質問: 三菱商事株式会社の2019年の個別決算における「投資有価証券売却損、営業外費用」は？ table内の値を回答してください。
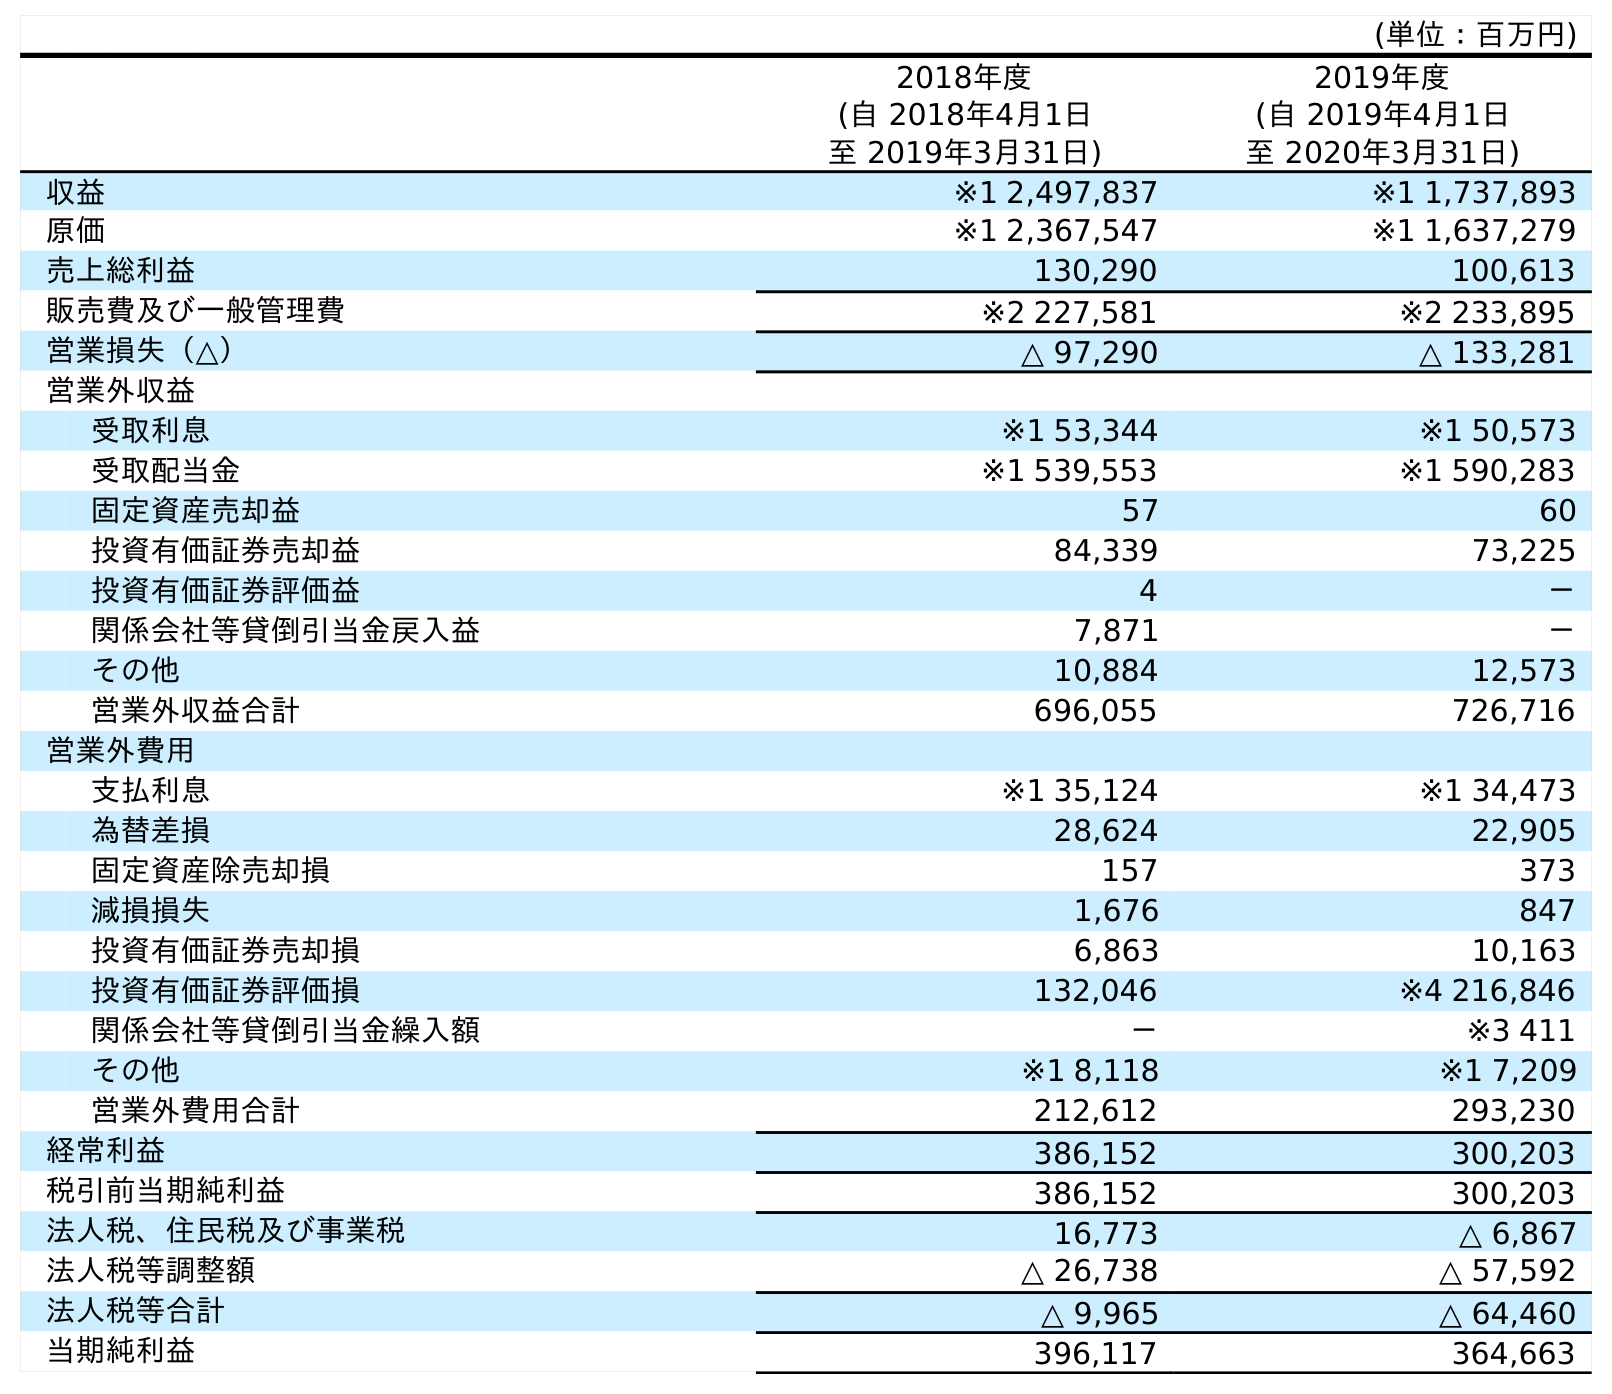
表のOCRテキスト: (単位：百万円) 2018年度 (自 2018年4月1日 至 2019年3月31日) 2019年度 (自 2019年4月1日 至 2020年3月31日) 収益 ※1 2,497,837 ※1 1,737,893 原価 ※1 2,367,547 ※1 1,637,279 売上総利益 130,290 100,613 販売費及び一般管理費 ※2 227,581 ※2 233,895 営業損失（△） △ 97,290 △ 133,281 営業外収益 受取利息 ※1 53,344 ※1 50,573 受取配当金 ※1 539,553 ※1 590,283 固定資産売却益 57 60 投資有価証券売却益 84,339 73,225 投資有価証券評価益 4 － 関係会社等貸倒引当金戻入益 7,871 － その他 10,884 12,573 営業外収益合計 696,055 726,716 営業外費用 支払利息 ※1 35,124 ※1 34,473 為替差損 28,624 22,905 固定資産除売却損 157 373 減損損失 1,676 847 投資有価証券売却損 6,863 10,163 投資有価証券評価損 132,046 ※4 216,846 関係会社等貸倒引当金繰入額 － ※3 411 その他 ※1 8,118 ※1 7,209 営業外費用合計 212,612 293,230 経常利益 386,152 300,203 税引前当期純利益 386,152 300,203 法人税、住民税及び事業税 16,773 △ 6,867 法人税等調整額 △ 26,738 △ 57,592 法人税等合計 △ 9,965 △ 64,460 当期純利益 396,117 364,663
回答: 6,863